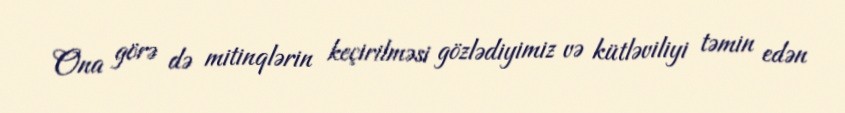
Ona görə də mitinqlərin keçirilməsi gözlədiyimiz və kütləviliyi təmin edən